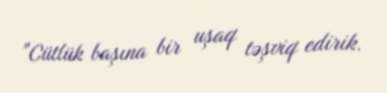
"Cütlük başına bir uşaq təşviq edirik.